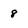
Character: 8